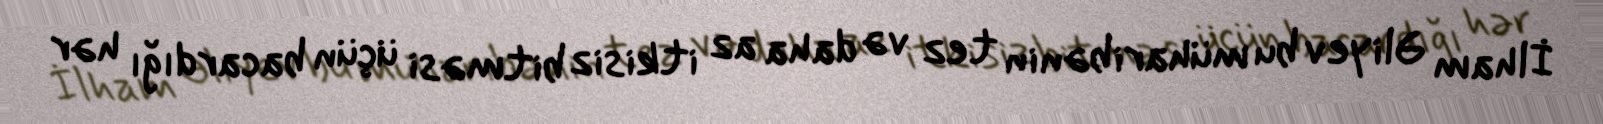
İlham Əliyev bu müharibənin tez və daha az itkisiz bitməsi üçün bacardığı hər